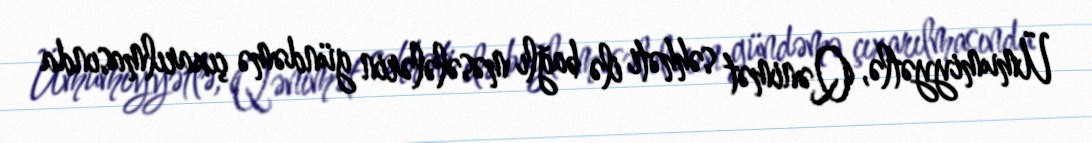
Ümumiyyətlə, Qənimət səhhəti ilə bağlı məsələlərin gündəmə çıxarılmasında